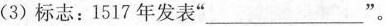
(3) 标志：1517年发表”___”。